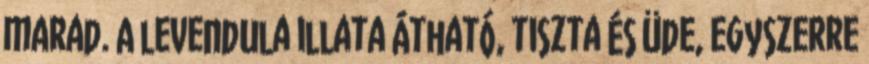
marad. A levendula illata átható, tiszta és üde, egyszerre